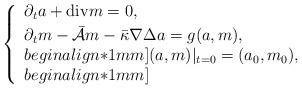
LaTeX: \begin{align*}\left\{\begin{array}{l}\partial_{t}a+\mathrm{div}m=0,\\ [1mm] \partial_{t}m-\bar{\mathcal{A}}m-\bar{\kappa}\nabla\Delta a= g(a,m),\\begin{align*}1mm](a,m)|_{t=0}=(a_{0},m_{0}),\\begin{align*}1mm] \end{array} \right.\end{align*}